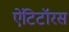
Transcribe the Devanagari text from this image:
ऐंटिटॉरस